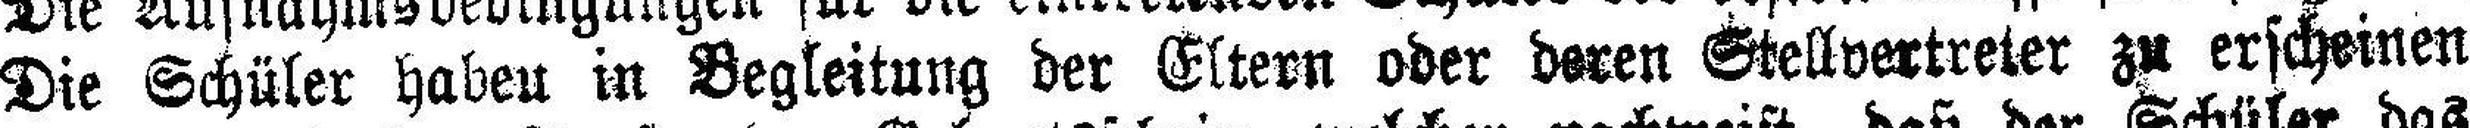
Die Schüler haben in Begleitung der Eltern oder deren Stellvertreter zu erscheinen